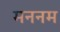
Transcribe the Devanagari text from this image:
मननम